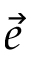
\vec { e }